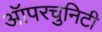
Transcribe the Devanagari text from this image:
ऑपरचुनिटी